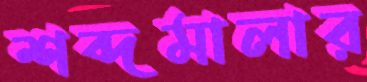
শব্দমালার